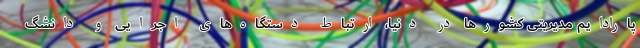
پارادایم مدیریتی کشورها در دنیا، ارتباط دستگاه‌های اجرایی و دانشگ